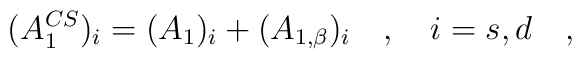
(A_1^{CS})_i=(A_1)_i+(A_{1,\beta})_i~~~,~~~i=s,d~~~,